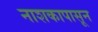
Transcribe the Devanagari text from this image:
नाशकापासून